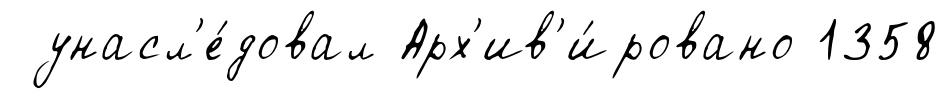
унасл'е́довал Арх'ив'и́ровано 1358